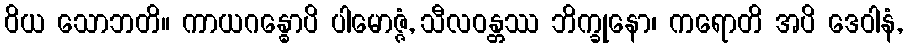
ဝိယ သောဘတိ။ ကာယဂန္ဓောပိ ပါမောဇ္ဇံ, သီလဝန္တဿ ဘိက္ခုနော၊ ကရောတိ အပိ ဒေဝါနံ,